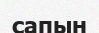
сапын